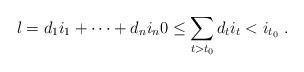
LaTeX: \begin{align*}l=d_1 i_1+ \dots + d_n i_n 0 \leq \sum_{t>t_0} d_t i_t < i_{t_0} \ .\end{align*}